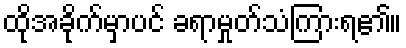
ထိုအခိုက်မှာပင် ခရာမှုတ်သံကြားရ၏။